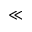
\ll